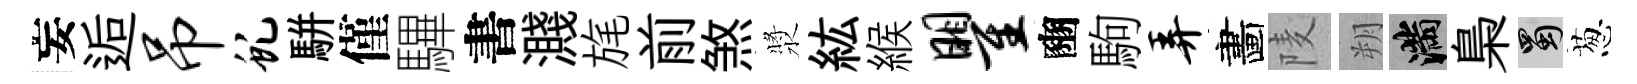
妄逅吊虬駢僅驆書濺旄前煞漿紘緱瞿豳駒弄畵𨹧朔滿梟蜀葱